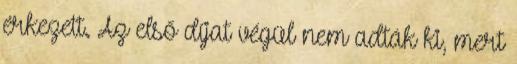
érkezett. Az első díjat végül nem adták ki, mert